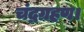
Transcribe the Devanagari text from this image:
चंद्रग्रहण।